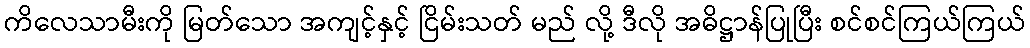
ကိလေသာမီးကို မြတ်သော အကျင့်နှင့် ငြိမ်းသတ် မည် လို့ ဒီလို အဓိဋ္ဌာန်ပြုပြီး စင်စင်ကြယ်ကြယ်